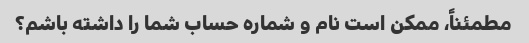
مطمئناً، ممکن است نام و شماره حساب شما را داشته باشم؟